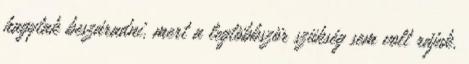
hagytak beszáradni, mert a legtöbbször szükség sem volt rájuk.